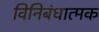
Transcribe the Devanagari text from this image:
विनिबंधात्मक